Civil Veterinary Dept. North-West Frontier Province 1901-22 - 1901-1922
Year: 1901
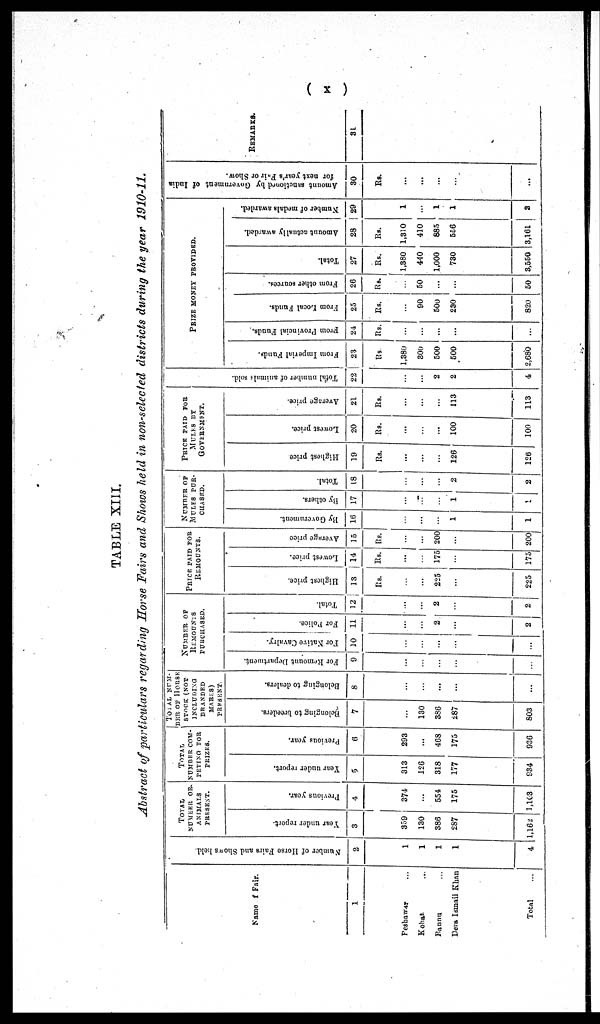
(x)
TABLE XIII.
Abstract of particulars regarding Horse Fairs and Shows held in non-selected districts during the year 1910-11.
Name of Fair.
1
Peshawar ...
Kohat ...
Pannu ...
Dera Ismail Khan
Total ...
Number of Horse Fairs and Shows held.
2
1
1
1
1
4
TOTAL
NUMBER OR
ANIMALS
PRESENT.
Year under report.
3
359
130
386
287
1,162
Previous year.
4
374
...
554
175
1,103
TOTAL
NUMBER COM-
PETING FOR
PRIZES.
Year under report.
5
313
126
318
177
934
Previous year.
6
293
...
468
175
936
TOTAL NUM-
BER OF HORSE
STOCK (NOT
INCLUDING
BRANDED
MARES)
PRESENT.
Belonging to breeders.
7
...
130
386
287
803
Belonging to dealers.
8
...
...
...
...
...
NUMBER OF
REMOUNTS
PURCHASED.
For Remount Department.
9
...
...
...
...
...
For Native Cavalry.
10
...
...
...
...
...
For Police.
11
...
...
2
...
2
Total.
12
...
...
2
...
2
PRICE PAID FOR
REMOUNTS.
Highest price.
13
Rs.
...
...
225
...
225
Lowest price.
14
Rs.
...
...
175
...
175
Average price
15
Rs.
...
...
200
...
200
NUMBER OF
MULES PUR-
CHASED.
By Government.
16
...
...
...
1
1
By others.
17
...
...
...
1
1
Total.
18
...
...
...
2
2
PRICE PAID FOR
MULES
BY
GOVERNMENT.
Highest price
19
Rs.
...
...
...
126
126
Lowest price.
20
Rs.
...
...
...
100
100
Average price.
21
Rs.
...
...
...
113
113
Tot al number of animals sold.
22
...
...
2
2
4
PRIZE MONEY PROVIDED.
Fr om I mper i
al Funds.
23
Rs
1,380
300
500
500
2,680
From
Provincial Funds.
24
Rs.
...
...
...
...
...
From Local Funds.
25
Rs.
...
90
500
230
820
From other sources.
26
Rs.
...
50
...
...
50
Total.
27
Rs.
1,380
440
1,000
730
3,550
Amount
actually awarded.
28
Rs.
1,310
410
885
556
3,161
Nu mb e r of medals awarded.
29
1
...
1
1
3
Amount sanctioned by Government of India
for next year's Fair
or Show.
30
Rs.
...
...
...
...
...
REMARKS.
31